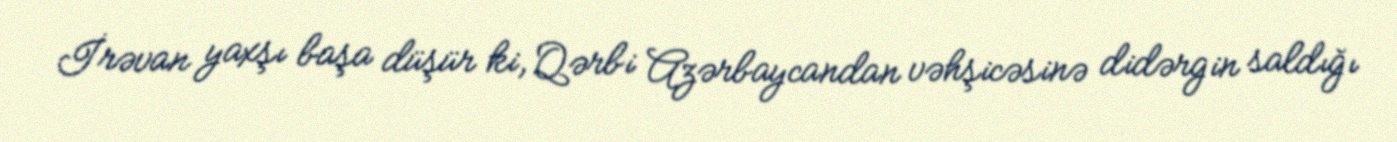
İrəvan yaxşı başa düşür ki, Qərbi Azərbaycandan vəhşicəsinə didərgin saldığı